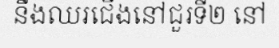
នឹងឈរជើងនៅជួរទី២ នៅ